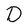
Character: D